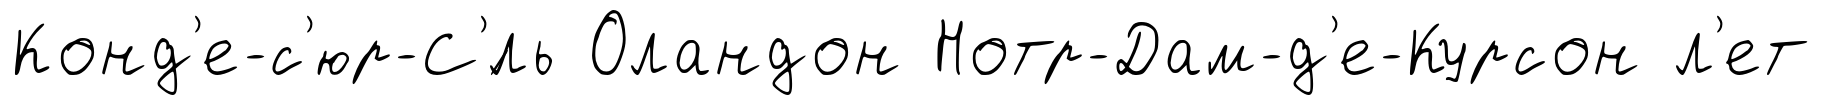
Конд'е-с'юр-С'́ль Оландон Нотр-Дам-д'е-Курсон л'ет